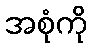
အစုံကို